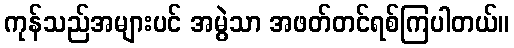
ကုန်သည်အများပင် အမွဲသာ အဖတ်တင်ရစ်ကြပါတယ်။